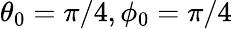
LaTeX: \theta_{0}=\pi/4,\phi_{0}=\pi/4